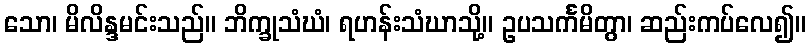
သော၊ မိလိန္ဒမင်းသည်။ ဘိက္ခုသံဃံ၊ ရဟန်းသံဃာသို့။ ဥပသင်္ကမိတွာ၊ ဆည်းကပ်လေ၍။